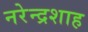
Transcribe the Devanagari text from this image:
नरेन्द्रशाह